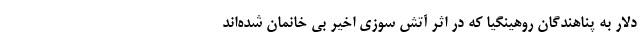
دلار به پناهندگان روهینگیا که در اثر آتش سوزی اخیر بی خانمان شده‌اند